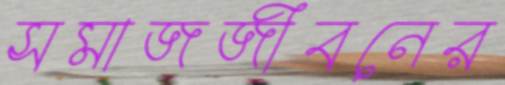
সমাজজীবনের